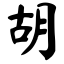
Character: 胡